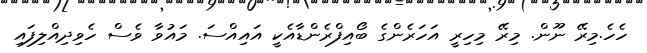
ހެހެ.މިރޭ ނޫން. މިރޭ މިހިރީ އަހަރެންގެ ބޯއިފްރެންޑާއެކީ އައިއްސަ. މައުވާ ވެސް ހެވިދިއްލިފައި